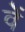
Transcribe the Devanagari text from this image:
वेें